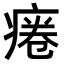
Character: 𤷄